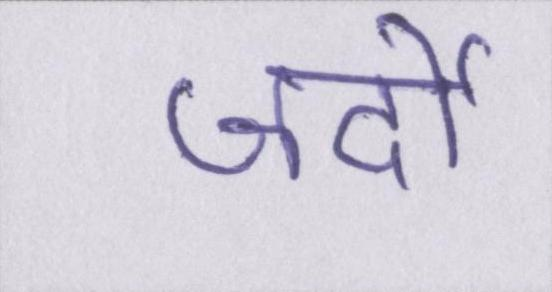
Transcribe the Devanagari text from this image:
जर्दी